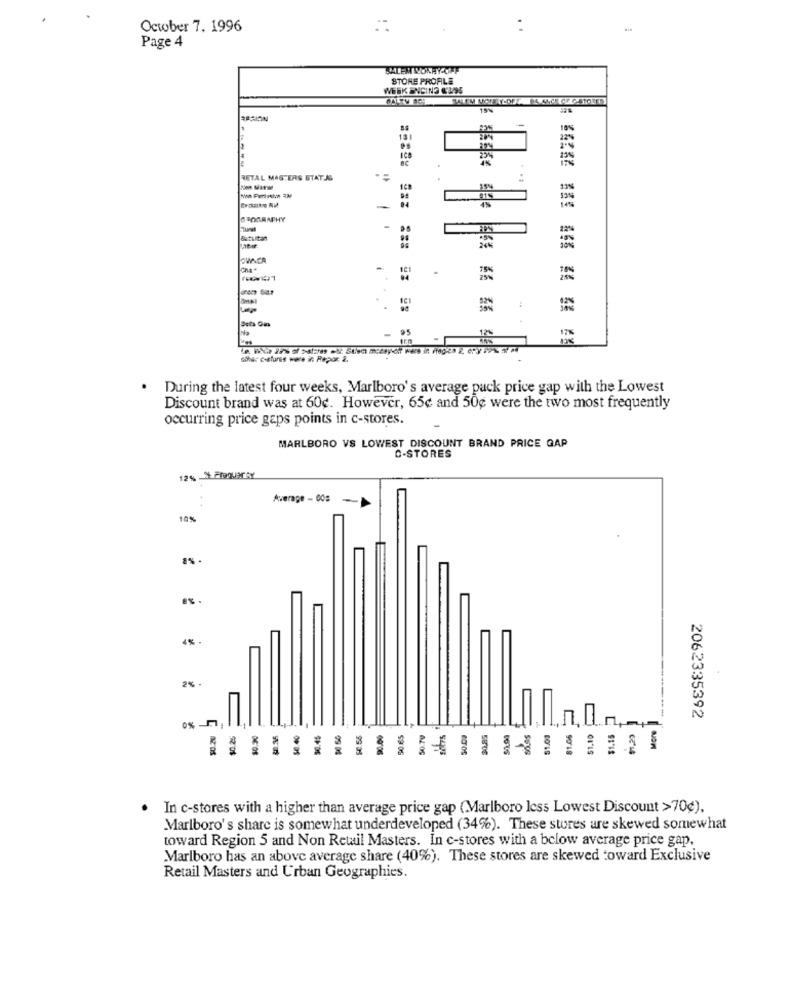
October 7. 1996
Page 4
STORE PROFILE
WEEK ENCING K'195
RASION
10%
RETAL MASTERS STATJS
13%
GEOGRAPHY
OWNER
-
95
- 1
During the latest four weeks, Marlboro's average pack price gap with the Lowest
Discount brand was at 60¢. However, 65¢ and 50g were the two most frequently
occurring price gaps points in c-stores.
MARLBORO VS LOWEST DISCOUNT BRAND PRICE GAP
C-STORES
Average - 008
10%
8%
4% .
2% -
2062335392
90.65
shes
$1,10
$1.15
R
2
9018
In c-stores with a higher than average price gap (Marlboro less Lowest Discount >70¢).
Marlboro's share is somewhat underdeveloped (34%). These stores are skewed somewhat
toward Region 5 and Non Retail Masters. In c-stores with a bclow average price gap,
Marlboro has an above average share (40%). These stores are skewed toward Exclusive
Retail Masters and Urban Geographies.